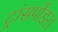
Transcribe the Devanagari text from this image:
ट्रांसपोंडर।